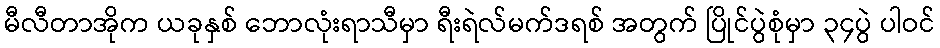
မီလီတာအိုက ယခုနှစ် ဘောလုံးရာသီမှာ ရီးရဲလ်မက်ဒရစ် အတွက် ပြိုင်ပွဲစုံမှာ ၃၄ပွဲ ပါဝင်